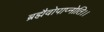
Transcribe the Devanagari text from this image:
ब्रह्मैवोपाप्नोति।।